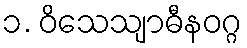
၁. ဝိသေသျာဓီနဝဂ္ဂ